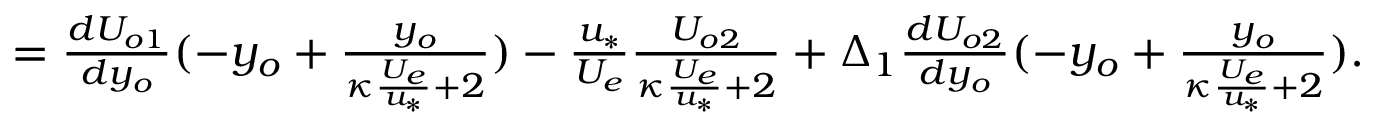
\begin{array} { r } { = \frac { d U _ { o 1 } } { d y _ { o } } ( - y _ { o } + \frac { y _ { o } } { \kappa \frac { U _ { e } } { u _ { * } } + 2 } ) - \frac { u _ { * } } { U _ { e } } \frac { U _ { o 2 } } { \kappa \frac { U _ { e } } { u _ { * } } + 2 } + \Delta _ { 1 } \frac { d U _ { o 2 } } { d y _ { o } } ( - y _ { o } + \frac { y _ { o } } { \kappa \frac { U _ { e } } { u _ { * } } + 2 } ) . } \end{array}